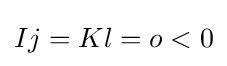
Ij=Kl=o<0